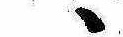
ゝ